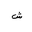
Letter: _shin